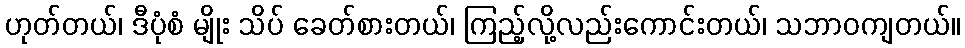
ဟုတ်တယ်၊ ဒီပုံစံ မျိုး သိပ် ခေတ်စားတယ်၊ ကြည့်လို့လည်းကောင်းတယ်၊ သဘာဝကျတယ်။